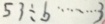
5 3 \div b \cdots 3